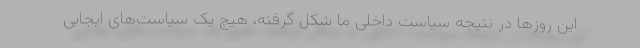
این روزها در نتیجه سیاست داخلی ما شکل گرفته، هیچ یک سیاست‌های ایجابی